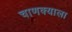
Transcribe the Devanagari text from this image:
चाणक्याला